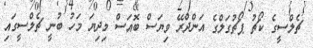
ޗެލްސީގެ ކޯޗު ޕޯޗުގަލްގެ އަންދްރޭ ވިޔަސް ބޮއަސް މިދިޔަ މަހު ބުނީ ޗެލްސީގައި